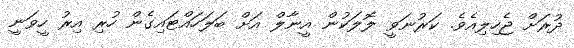
ދުރަށް ޖެހިލިއެވެ. ކަރުނަވީ ލޮލަކުން އީނާލް އަށް ބަލަހައްޓައިގެން ހުރި އިރު ހީވަނީ